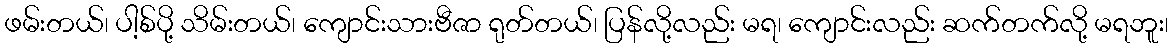
ဖမ်းတယ်၊ ပါ့စ်ပို့ သိမ်းတယ်၊ ကျောင်းသားဗီဇာ ရုတ်တယ်၊ ပြန်လို့လည်း မရ၊ ကျောင်းလည်း ဆက်တက်လို့ မရဘူး၊